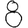
Digit: 8